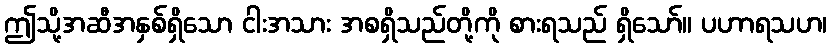
ဤသို့အဆီအနှစ်ရှိသော ငါးအသား အစရှိသည်တို့ကို စားရသည် ရှိသော်။ ပဟာရသဟ၊